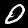
Digit: 0